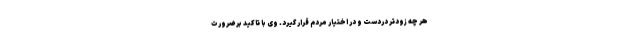
هر چه زودتر دردست و در اختیار مردم قرار گیرد. وی با تاکید بر ضرورت